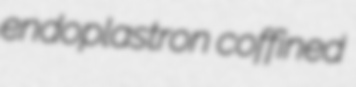
endoplastron coffined